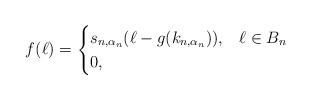
LaTeX: \begin{align*} f(\ell) = \begin{cases} s_{n,\alpha_n}(\ell - g(k_{n,\alpha_n})), & \ell \in B_n\\ 0, & \end{cases} \end{align*}